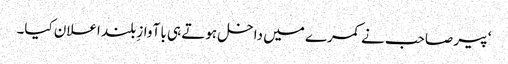
‘ پیر صاحب نے کمرے میں داخل ہوتے ہی با آوازِ بلند اعلان کیا۔